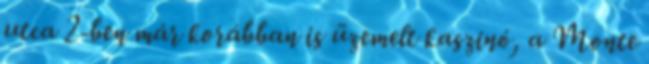
utca 2-ben már korábban is üzemelt kaszinó, a Monte